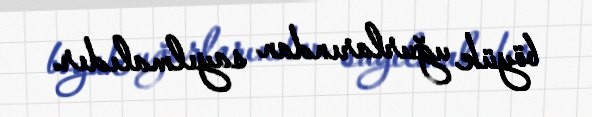
böyük uğurlarından sayılmalıdır.